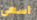
اسعى